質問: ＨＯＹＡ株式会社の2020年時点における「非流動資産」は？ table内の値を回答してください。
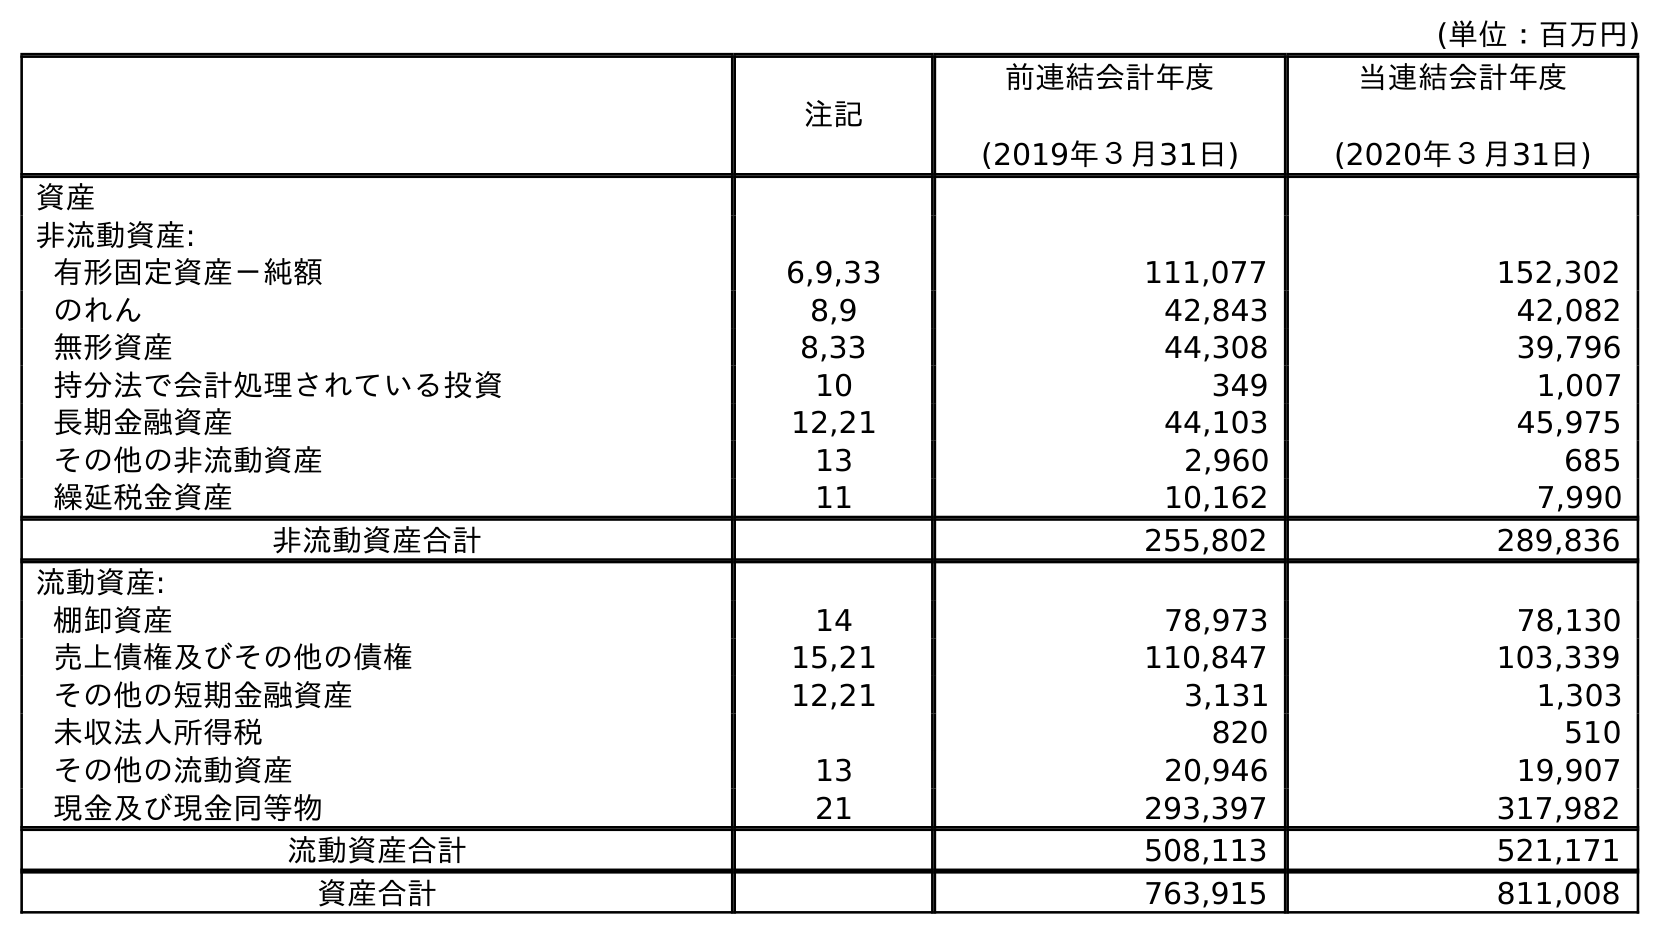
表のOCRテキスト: (単位：百万円) 注記 前連結会計年度 (2019年３月31日) 当連結会計年度 (2020年３月31日) 資産 非流動資産: 有形固定資産－純額 6,9,33 111,077 152,302 のれん 8,9 42,843 42,082 無形資産 8,33 44,308 39,796 持分法で会計処理されている投資 10 349 1,007 長期金融資産 12,21 44,103 45,975 その他の非流動資産 13 2,960 685 繰延税金資産 11 10,162 7,990 非流動資産合計 255,802 289,836 流動資産: 棚卸資産 14 78,973 78,130 売上債権及びその他の債権 15,21 110,847 103,339 その他の短期金融資産 12,21 3,131 1,303 未収法人所得税 820 510 その他の流動資産 13 20,946 19,907 現金及び現金同等物 21 293,397 317,982 流動資産合計 508,113 521,171 資産合計 763,915 811,008
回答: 289,836